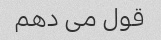
قول می دهم